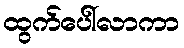
ထွက်ပေါ်လာကာ